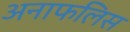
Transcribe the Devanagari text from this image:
अनाफलिस